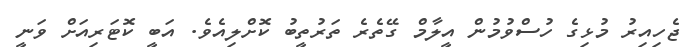
ޖެހިއިރު މުޅިގެ ހުސްވުމުން އީލާމް ގޭތެރެ ތަރުތީބު ކޮށްލިއެވެ. އަބީ ކޮޓަރިއަށް ވަނީ